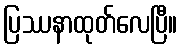
ပြဿနာထုတ်လေပြီ။